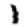
Digit: 1